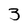
Character: 3